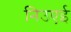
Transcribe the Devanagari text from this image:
निउएई